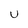
Character: U